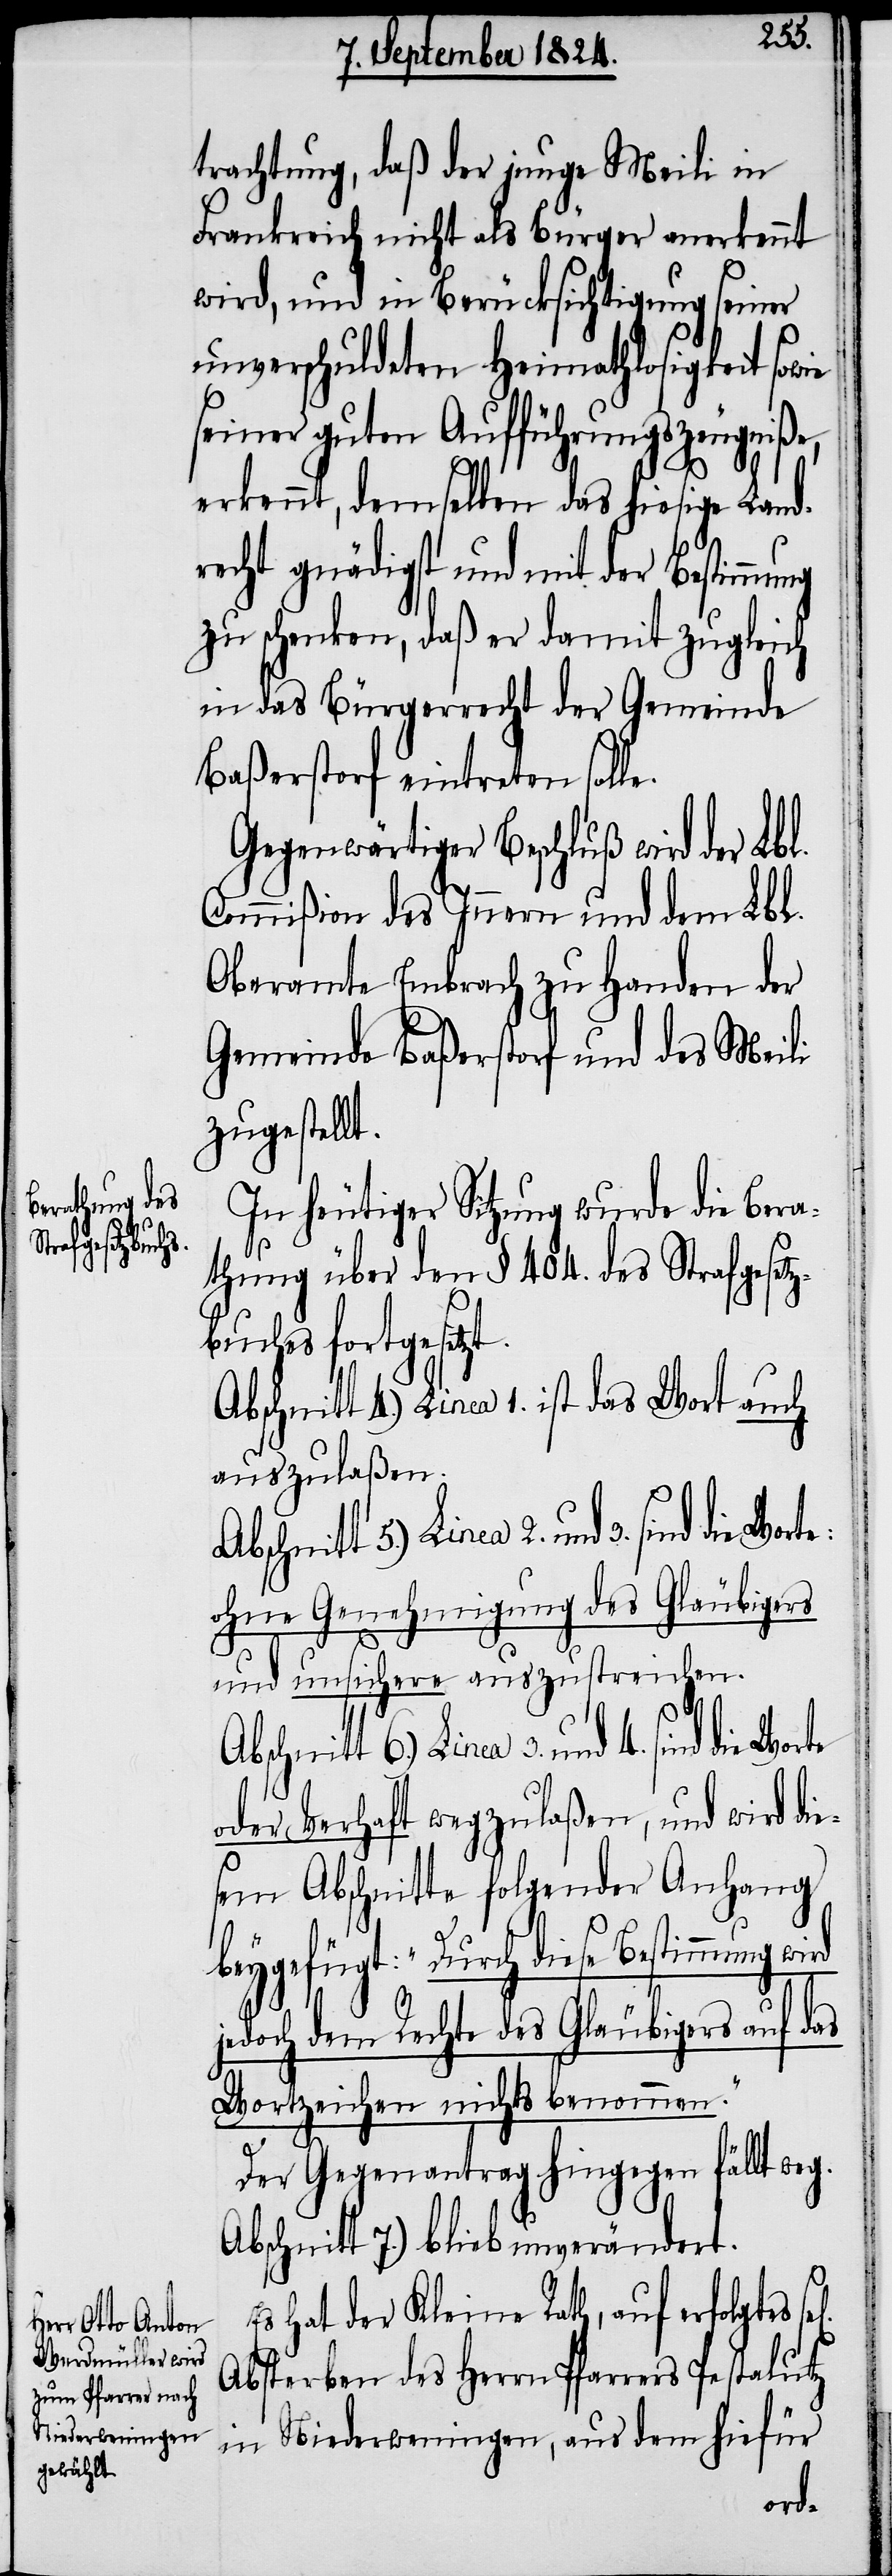
trachtung, daß der junge Meili in
Frankreich nicht als Bürger anerkennt
wird, und in Berücksichtigung seiner
unverschuldeten Heimathlosigkeit sowie
seiner guten Aufführungszeugniße,
erkennt, demselben das hiesige Land¬
recht gnädigst und mit der Bestimmu¬
zu schenken, daß er damit zugleich
in das Bürgerrecht der Gemeinde
Baßerstorf eintreten solle.
Gegenwärtiger Beschluß wird der Lbl.
Commißion des Innern und dem Lbl.
Oberamte Embrach zu Handen der
Gemeinde Baßerstorf und des Meili
zugestellt.
In heutiger Sitzung wurde die Bera¬
thung über den § 404. des Strafgesetz¬
buches fortgesetzt.
auszulaßen.
ohne Genehmigung des Gläubigers
und unsichere auszustreichen.
Abschnitt 6.) Linea 3. und 4. sind
oder Verhaft wegzulaßen, und wird die¬
sem Abschnitte folgender Anhang
beygefügt: „Durch diese Bestimmung wi¬
g.
das
jedoch dem Rechte des Gläubigers auf
Wortzeichen nichts benommen.“
Der Gegenantrag hingegen fällt we¬
Abschnitt 7.) blieb unverändert.
Es hat der Kleine Rath, auf erfolgtes
Absterben des Herrn Pfarrers Pestalutz
in Niederweningen, aus dem hiefür